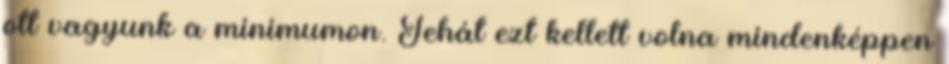
ott vagyunk a minimumon. Tehát ezt kellett volna mindenképpen